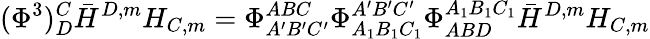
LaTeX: (\Phi^{3})_{D}^{C}\bar{H}^{D,m}H_{C,m}=\Phi_{A^{\prime}B^{\prime}C^{\prime}}^{ABC}\Phi_{A_{1}B_{1}C_{1}}^{A^{\prime}B^{\prime}C^{\prime}}\Phi_{ABD}^{A_{1}B_{1}C_{1}}\bar{H}^{D,m}H_{C,m}